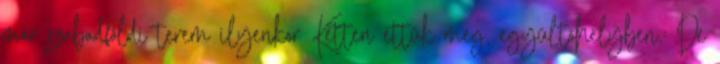
már szabadföldi terem ilyenkor Ketten ettük meg, együltőhelyben.: De